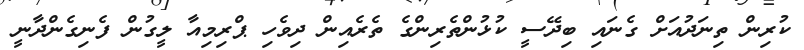
ކުރިން ތިނަދުއަށް ގެނައި ބިދޭސީ ކުޅުންތެރިންގެ ތެރެއިން ދިވެހި ޕްރިމިއާ ލީގުން ފެނިގެންދާނީ